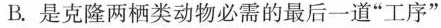
B.是克隆两栖类动物必需的最后一道“工序”